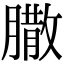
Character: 𦠐